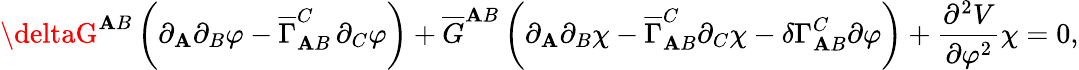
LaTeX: \deltaG^{\mathbf{A}B}\, \biggl(\partial_{\mathbf{A}}\partial_{B}\varphi-\overline{{{{\Gamma}}}}_{\mathbf{A}B}^{C}\, \partial_{C}\varphi\biggr)+\overline{{{{G}}}}^{\mathbf{A}B}\, \biggl(\partial_{\mathbf{A}}\partial_{B}\chi-\overline{{{{\Gamma}}}}_{\mathbf{A}B}^{C}\partial_{C}\chi-\delta\Gamma_{\mathbf{A}B}^{C}\partial\varphi\biggr)+\frac{{\partial^{2}V}}{{\partial\varphi^{2}}}\chi=0,